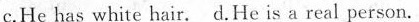
c.He has white hair. d.He is a real person.